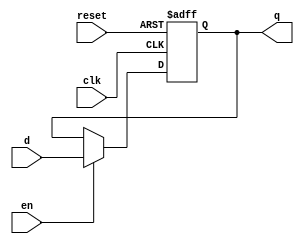
module CC_DFlipFlop(clk, en, reset, d, q);
  parameter WIDTH=1;
  input clk;
  input en;
  input reset;
  input [WIDTH-1:0] d;
  output [WIDTH-1:0] q;
  reg [WIDTH-1:0] q;
  always @ (posedge clk or posedge reset)
  if (reset)
    q <= 0;
  else if (en)
    q <= d;
endmodule